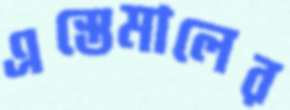
এস্তেমালের